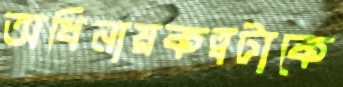
অধিনায়কত্বটাকে